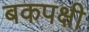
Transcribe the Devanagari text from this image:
बकपक्षी